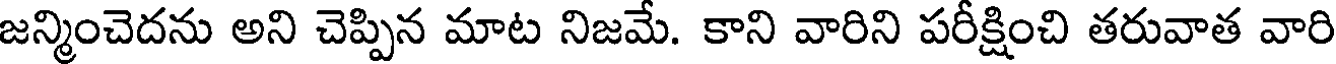
జన్మించెదను అని చెప్పిన మాట నిజమే. కాని వారిని పరీక్షించి తరువాత వారి